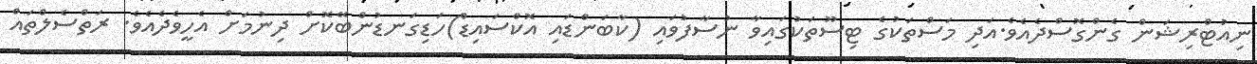
ނިއުޓްރިޝަން ގެންގޮސްދެއެވެ.އަދި މަސްތަކުގެ ޓިސޫތަކުގައިވާ ނުސާފުވައި (ކާބަންޑައި އޮކްސައިޑް)ހަޑިގަނޑުންބޭކޮށް ދިނުމަށް އެހީވެދެއެވެ. ރަތްސެލްތައް